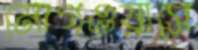
মোগওয়াসে